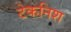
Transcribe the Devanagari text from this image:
टेकनिश